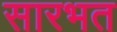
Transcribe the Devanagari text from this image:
सारभत